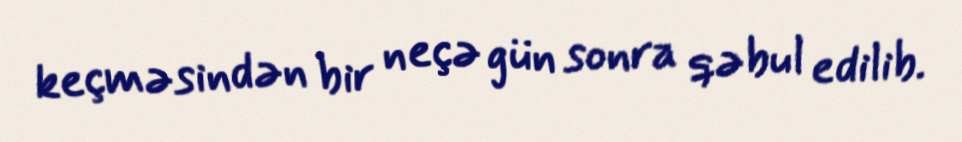
keçməsindən bir neçə gün sonra qəbul edilib.